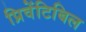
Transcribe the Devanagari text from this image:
प्रिवेंटिबिल